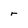
Character: r